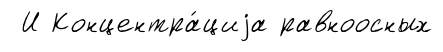
И Концентра́циjа равноосных